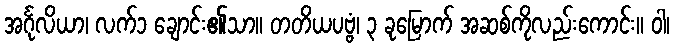
အင်္ဂုလိယာ၊ လက်၁ ချောင်း၏သာ။ တတိယပဗ္ဗံ၊ ၃ ခုမြောက် အဆစ်ကိုလည်းကောင်း။ ဝါ၊